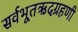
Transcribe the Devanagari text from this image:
सर्वभूतऋदग्रहणी